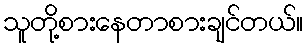
သူတို့စားနေတာစားချင်တယ်။